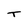
Character: T